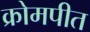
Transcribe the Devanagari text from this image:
क्रोमपीत